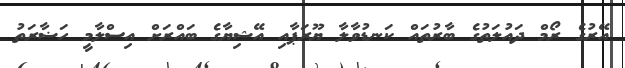
އޭރުގެ ރޯމް ދައުލަތުގެ ބާރުތައް ކަނޑުވާލާ ޔޫރަޕާއި އޭޝިޔާގެ ބައްރަށް އިސްލާމީ ހަޟާރަތު